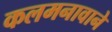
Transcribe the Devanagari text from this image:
कलमनावाने